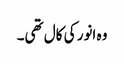
وہ انور کی کال تھی۔